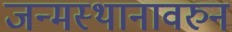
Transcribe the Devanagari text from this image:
जन्मस्थानावरुन